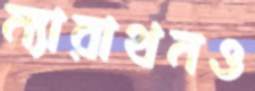
ম্যারাথনও